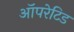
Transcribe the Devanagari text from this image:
ऑपरेटिड